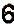
6